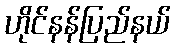
ဟိုင်နန်ပြည်နယ်